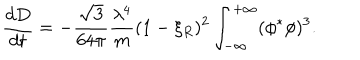
LaTeX: { \frac { d D } { d t } } = - { \frac { \sqrt { 3 } } { 6 4 \pi } } { \frac { \lambda ^ { 4 } } { m } } ( 1 - \xi _ { R } ) ^ { 2 } \int _ { - \infty } ^ { + \infty } ( \phi ^ { * } \phi ) ^ { 3 } .